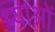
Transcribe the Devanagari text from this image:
प्याओं